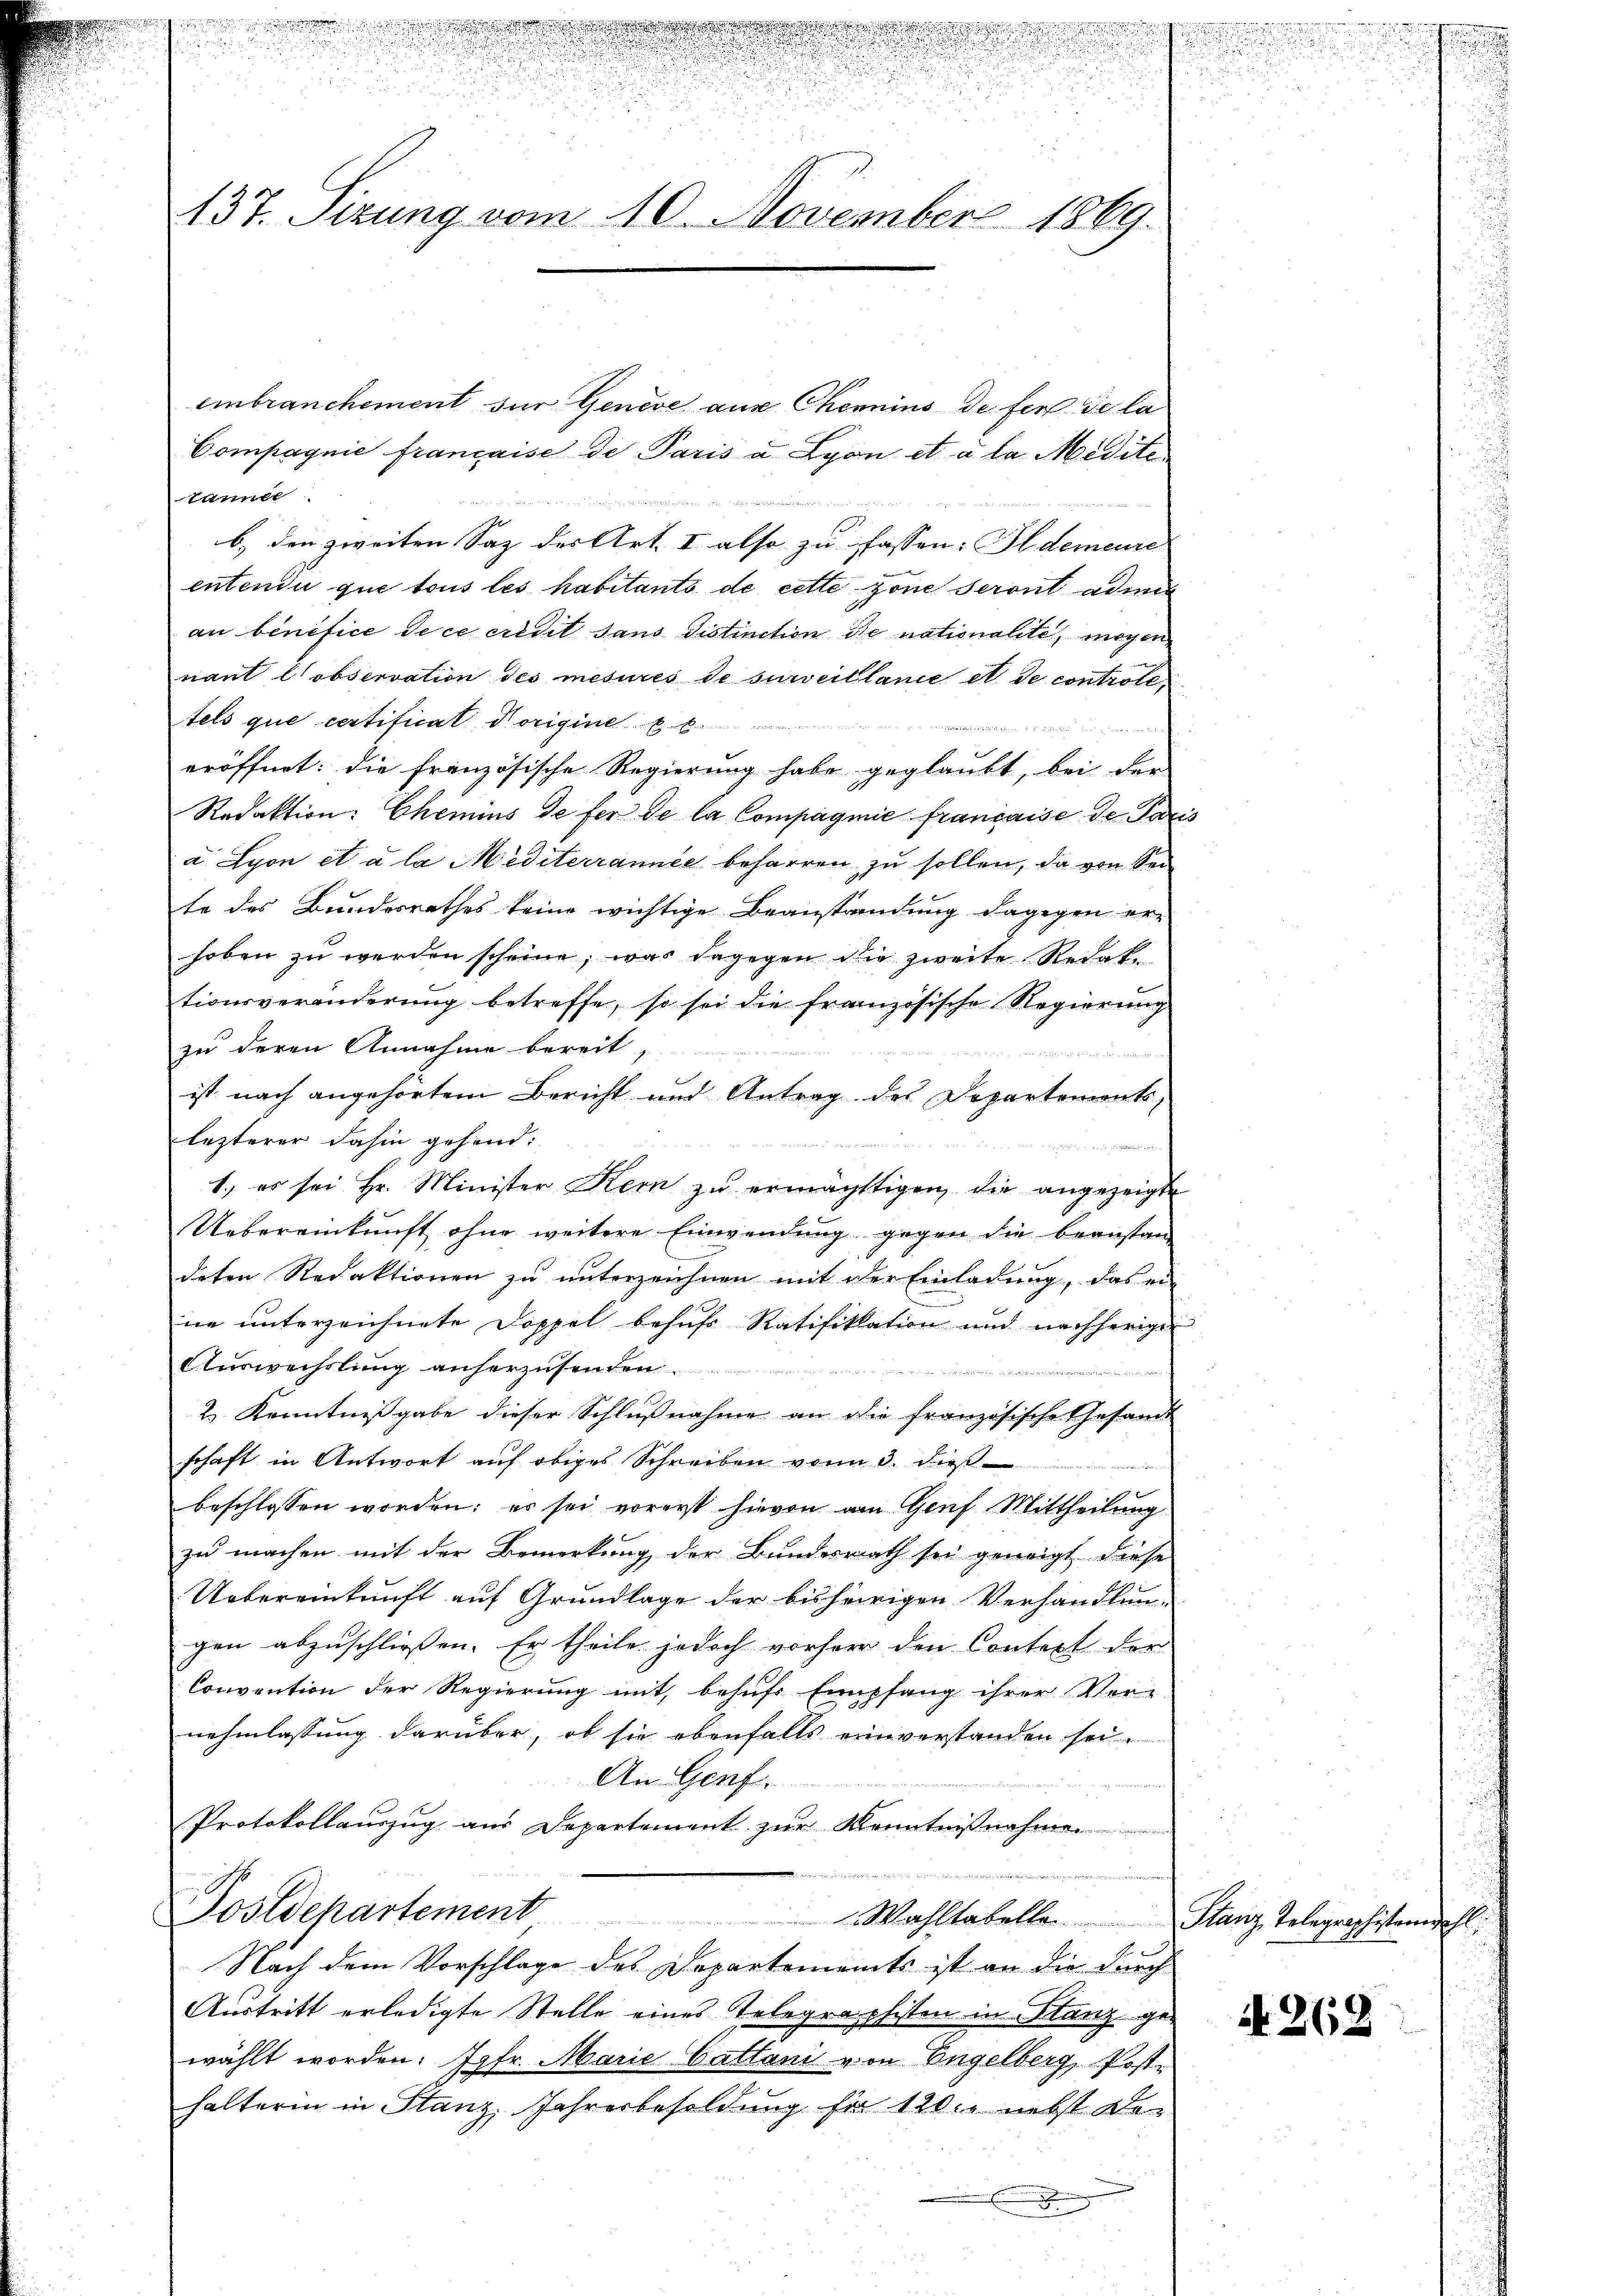
u
.
.

.

d
u
137. Sizung vom 10. November 1869

n

einbranchement für Genève aus Chemins de fer de la
Compagnie française de Paris u. Lyon et à la Medite
taniel
b.) den zweiten Saz der Art. I also zu fassen: Ildemeure
entendii que tous les habitants de cette zone seront admi
an benefice de ce credit sans distinction de nationalité, mögen
nant l’observation des mesures de surveillanie et de controtetels que certificat vorigint

eröffnet: die französische Regierung habe geglaubt, bei der
Redaktion: Chemins de fer de la Compagnie française de Paris
a Lyon et à la Mediterrannée beharren zu sollen, da von Sei
te des Bundesrathes keine wichtige Beanstandung dagegen erhoben zu werden scheine, was dagegen die zweite Redak
tionsveränderung betreffe, so sei die französische Regierung
zu deren Annahme bereit,
ist nach angehörtem Bericht und Antrag des Departements,
lezterer dahin gehend:

r
1.) es sei Hr. Minister Kern zŭ ermächtigen die angezeigte
Uebereinkunft ohne weitere Einwendung gegen die beanstan
deten Redaktionen zu unterzeichnen mit der Einladung, das ein
ne unterzeichnete Doppel behufs Ratifikation und nachheriger
Auswechslung anherzusenden
2 Kenntnißgabe dieser Schlußnahme an die französische Gesamt
schaft in Antwort auf obiges Schreiben vom 3. die
beschlossen worden; es sei vorerst hievon am Genf Mittheilung
zu machen mit der Bemerkung der Bundesrath sei geneigt diese
Uebereinkunft auf Grundlage der bisherigen Verhandlun-
gen abzuschließen. Er theile jedoch vorherr den Contest der
Convention der Regierung mit, behufs Empfang ihrer Ver-
nehmlassung darüber, ob sie ebenfalls einverstanden sei.
An Genf.
Protokollauszug aus Departement zur Kenntnißnahme
emiae und mit
Postdepartement
Wahltabelle
Nach dem Vorschlage des Departements ist an die durch
Austritt erledigte Stelle eines Telegraphisten in Manz gewählt worden. Jgfr. Marie Cattani von Engelberg, Posthalterin in Stanz Jahresbesoldung für 120. nebst De-
.

u

Glanz Telegraphistande

if. 262

u